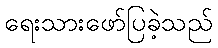
ရေးသားဖော်ပြခဲ့သည်